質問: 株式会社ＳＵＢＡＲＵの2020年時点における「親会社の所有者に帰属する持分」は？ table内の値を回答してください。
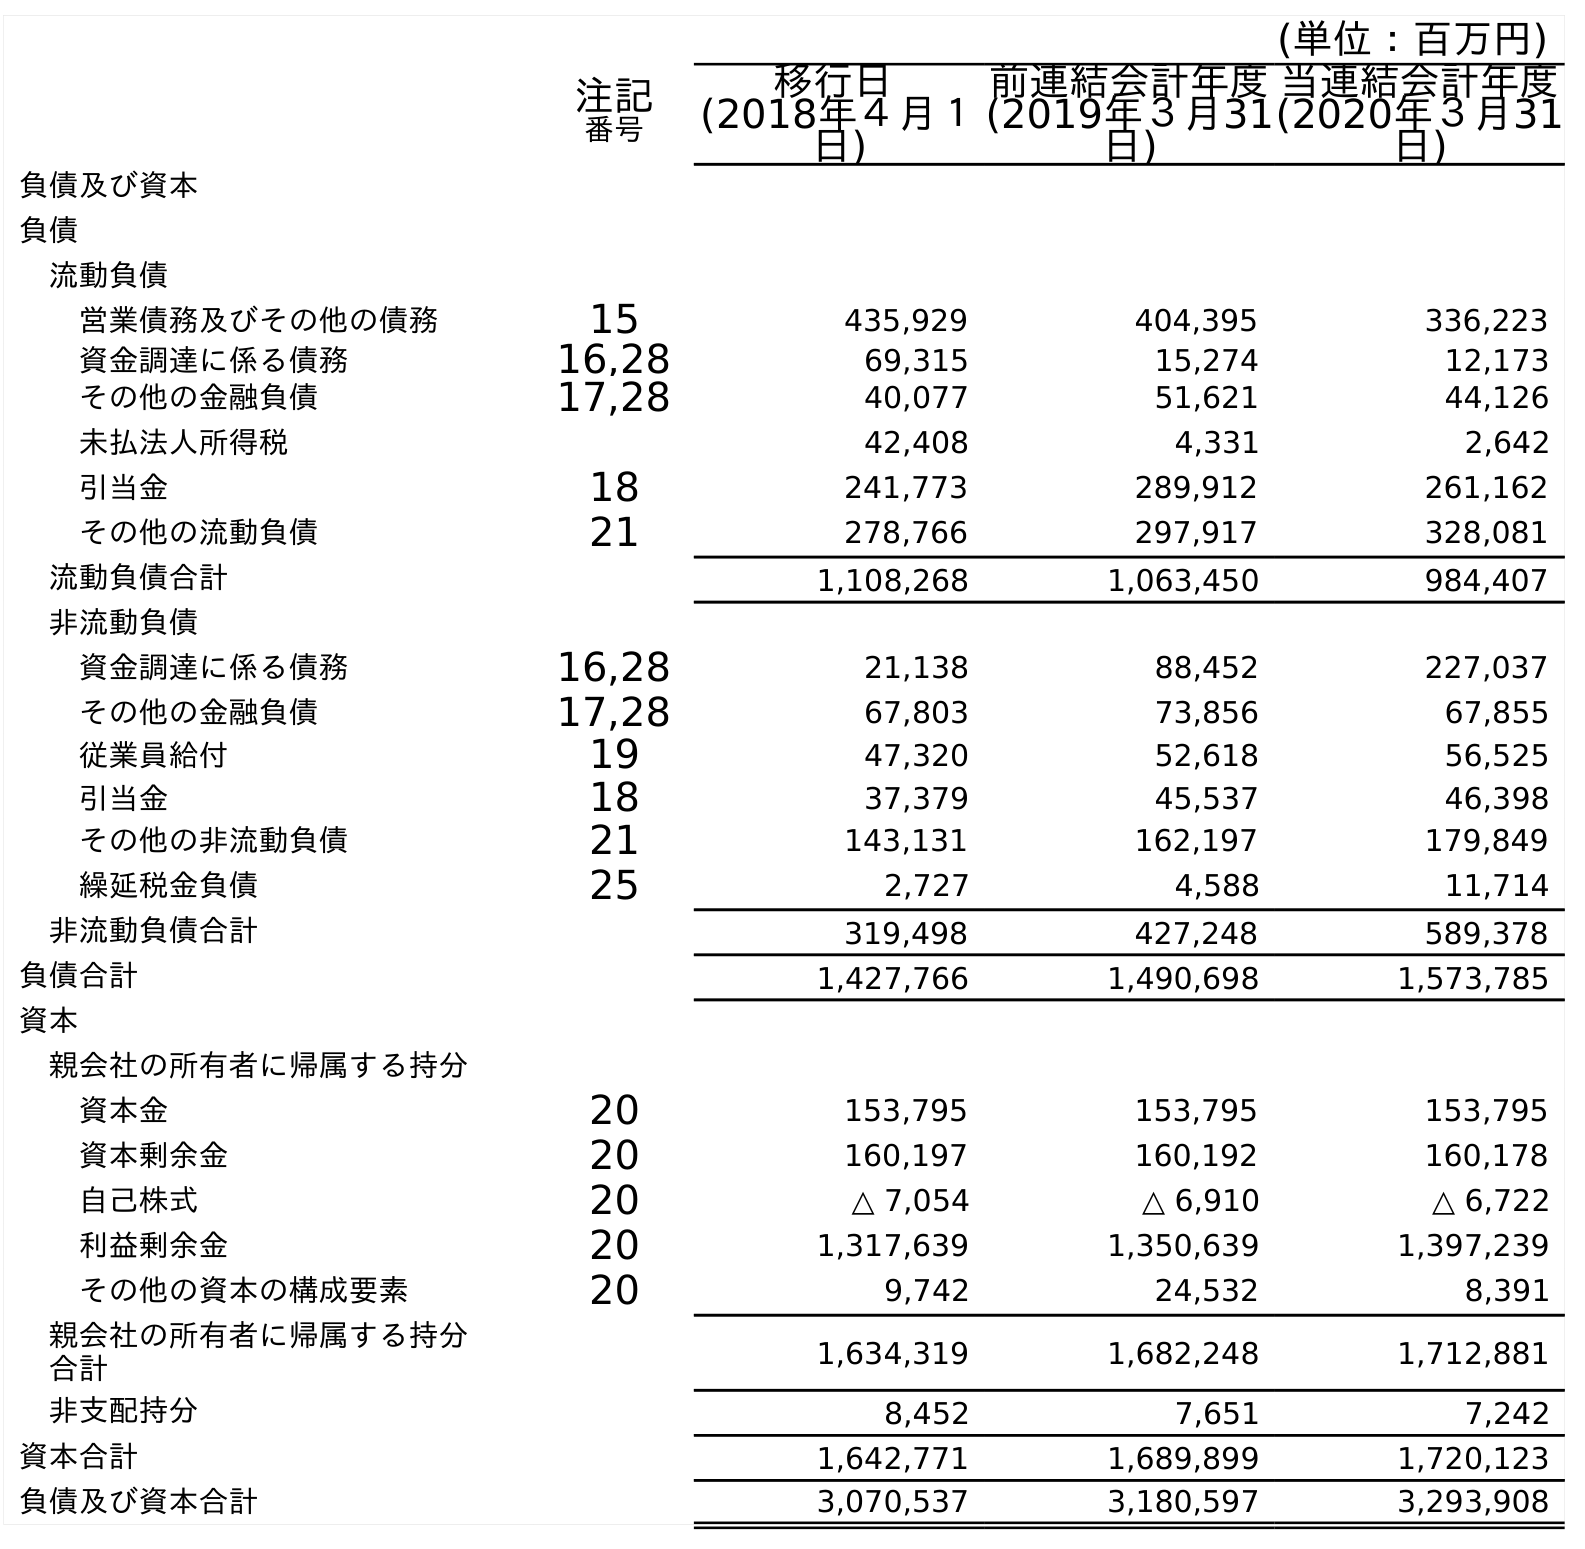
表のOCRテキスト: (単位：百万円) 注記 番号 移行日 (2018年４月１ 日) 前連結会計年度 (2019年３月31 日) 当連結会計年度 (2020年３月31 日) 負債及び資本 負債 流動負債 営業債務及びその他の債務 15 435,929 404,395 336,223 資金調達に係る債務 16,28 69,315 15,274 12,173 その他の金融負債 17,28 40,077 51,621 44,126 未払法人所得税 42,408 4,331 2,642 引当金 18 241,773 289,912 261,162 その他の流動負債 21 278,766 297,917 328,081 流動負債合計 1,108,268 1,063,450 984,407 非流動負債 資金調達に係る債務 16,28 21,138 88,452 227,037 その他の金融負債 17,28 67,803 73,856 67,855 従業員給付 19 47,320 52,618 56,525 引当金 18 37,379 45,537 46,398 その他の非流動負債 21 143,131 162,197 179,849 繰延税金負債 25 2,727 4,588 11,714 非流動負債合計 319,498 427,248 589,378 負債合計 1,427,766 1,490,698 1,573,785 資本 親会社の所有者に帰属する持分 資本金 20 153,795 153,795 153,795 資本剰余金 20 160,197 160,192 160,178 自己株式 20 △ 7,054 △ 6,910 △ 6,722 利益剰余金 20 1,317,639 1,350,639 1,397,239 その他の資本の構成要素 20 9,742 24,532 8,391 親会社の所有者に帰属する持分 合計 1,634,319 1,682,248 1,712,881 非支配持分 8,452 7,651 7,242 資本合計 1,642,771 1,689,899 1,720,123 負債及び資本合計 3,070,537 3,180,597 3,293,908
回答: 1,712,881